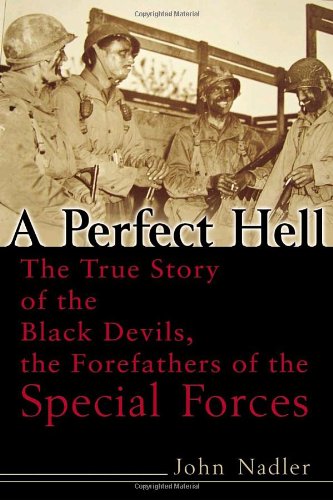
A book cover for A Perfect Hell: The True Story of the Black Devils, the Forefathers of the Special Forces; John Nadler; History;